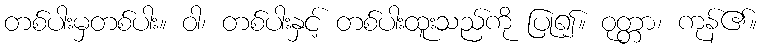
တစ်ပါးမှတစ်ပါး။ ဝါ၊ တစ်ပါးနှင့် တစ်ပါးထူးသည်ကို ပြု၍။ ဝုတ္တာ၊ ကုန်၏။